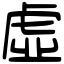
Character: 虛